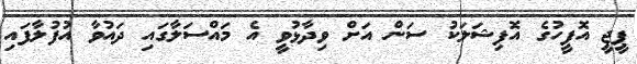
ޕީޖީ އޮފީހުގެ އޮފިޝަލަކު ސަން އަށް ވިދާޅުވީ އެ މައްސަލާގައި ދައުވާ އުފުލާފައި